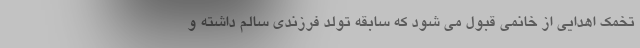
تخمک اهدایی از خانمی قبول می شود که سابقه تولد فرزندی سالم داشته و